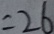
= 2 6